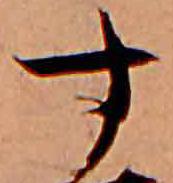
す